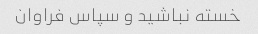
خسته نباشید و سپاس فراوان